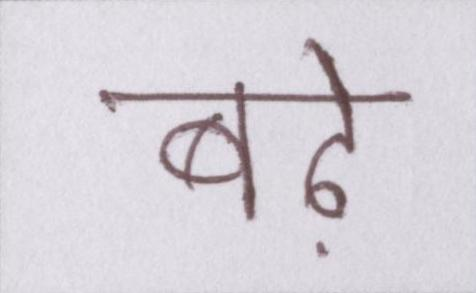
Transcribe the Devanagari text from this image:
बढ़े